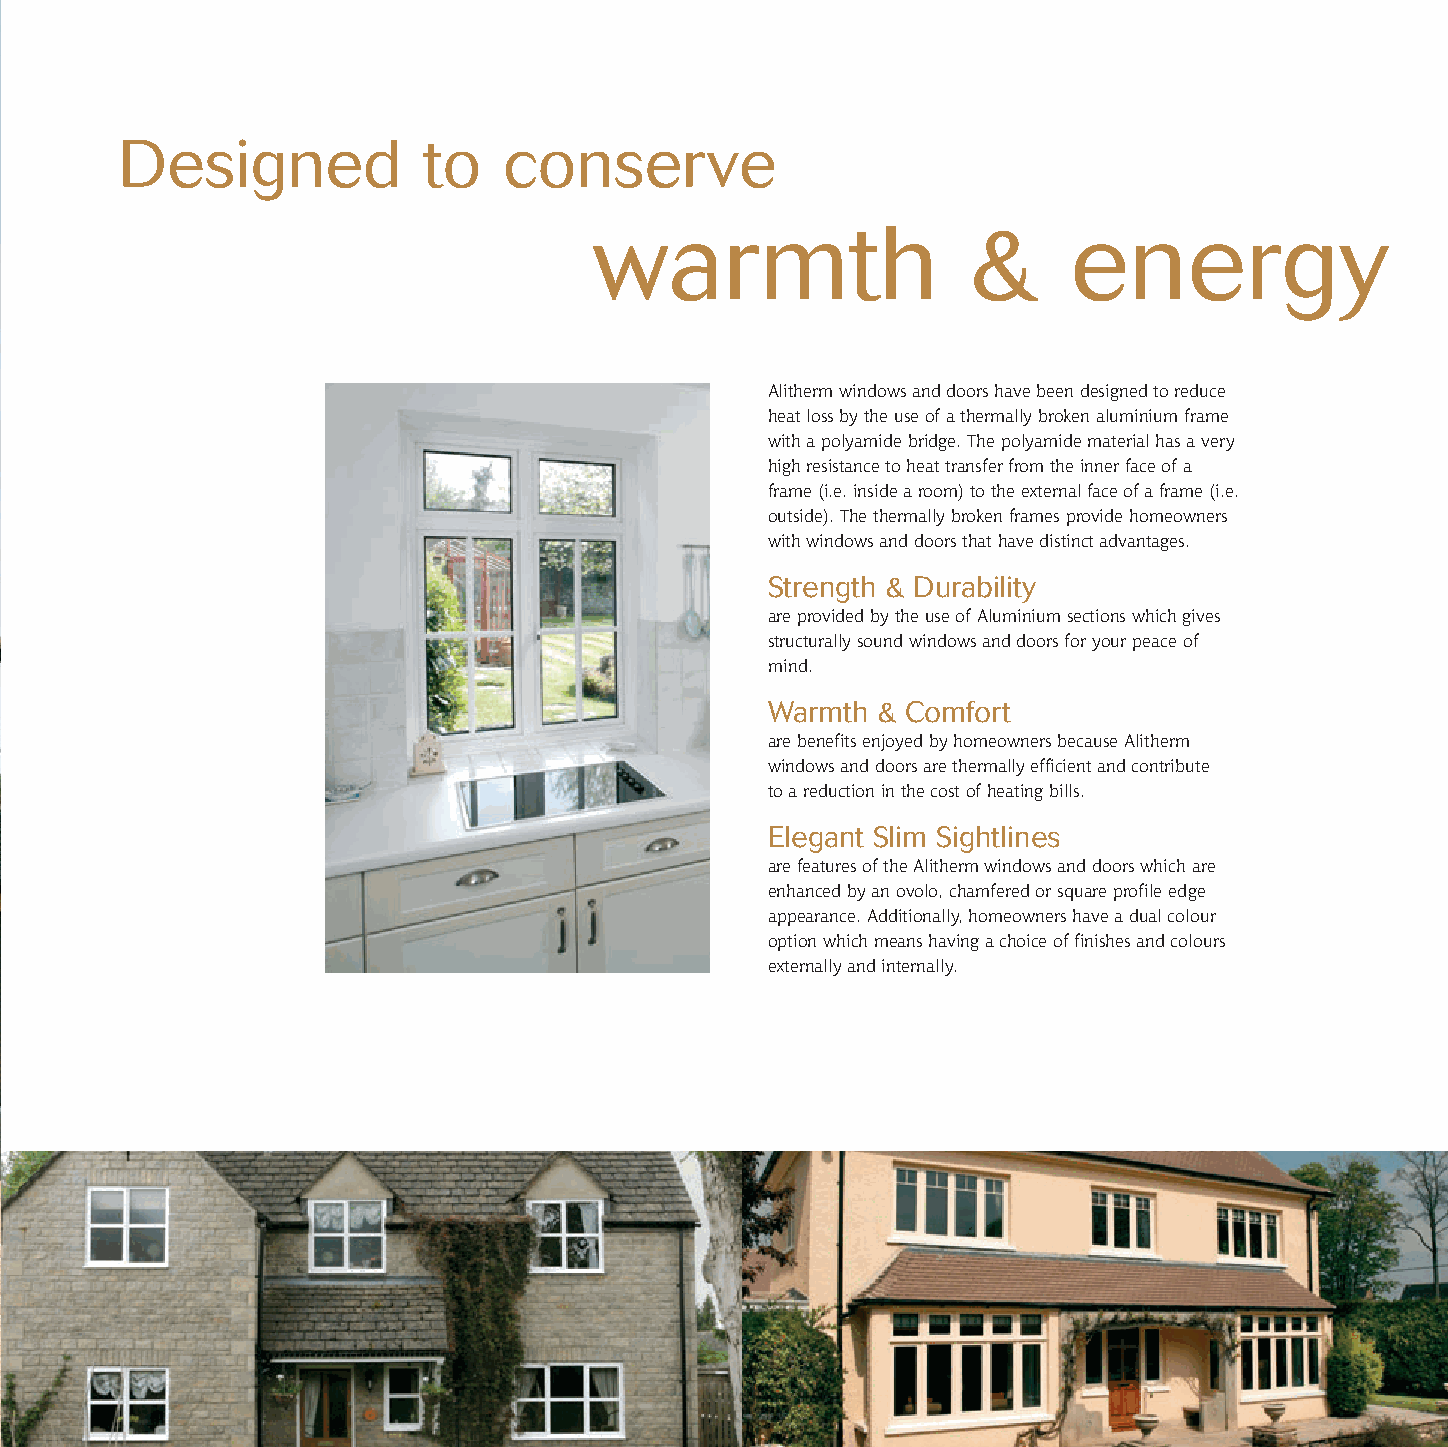
Alitherm 245x245 Aug09 1/10/09 14:54 Page 3
 Designed            to   conserve
 warmth                   &      energy
 Alitherm windows and doors have been designed to reduce
 heat loss by the use of a thermally broken aluminium frame
 with a polyamide bridge. The polyamide material has a very
 high resistance to heat transfer from the inner face of a
 frame (i.e. inside a room) to the external face of a frame (i.e.
 outside). The thermally broken frames provide homeowners
 with windows and doors that have distinct advantages.
 Strength & Durability
 are provided by the use of Aluminium sections which gives
 structurally sound windows and doors for your peace of
 mind.
 Warmth & Comfort
 are benefits enjoyed by homeowners because Alitherm
 windows and doors are thermally efficient and contribute
 to a reduction in the cost of heating bills.
 Elegant Slim Sightlines
 are features of the Alitherm windows and doors which are
 enhanced by an ovolo, chamfered or square profile edge
 appearance. Additionally, homeowners have a dual colour
 option which means having a choice of finishes and colours
 externally and internally.